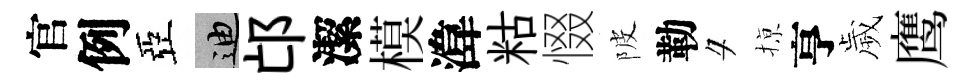
官例亞迪邙潔模湋䊀惙陂勒夕𢱊亨歲鹰